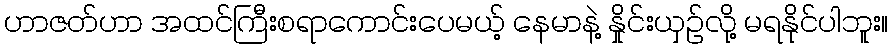
ဟာဇတ်ဟာ အထင်ကြီးစရာကောင်းပေမယ့် နေမာနဲ့ နှိုင်းယှဉ်လို့ မရနိုင်ပါဘူး။